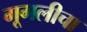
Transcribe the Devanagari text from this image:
गूगलीचा